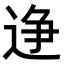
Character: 𫐭